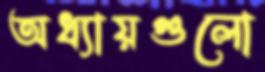
অধ্যায়গুলো